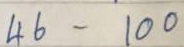
46 - 100